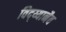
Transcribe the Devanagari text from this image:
विद्य्यानैव